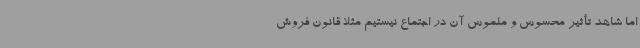
اما شاهد تأثیر محسوس و ملموس آن در اجتماع نیستیم مثلاً قانون فروش